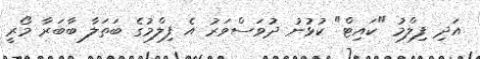
އަދި ފިލްމު "ކައިޓް" ކުޅުނު ދުވަސްވަރު އެ ފިލްމުގެ ބަތަލާ ބާބަރާ މޯރީ